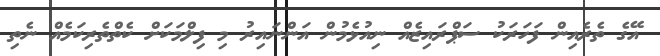
އޭގެ ތެރެއިން ފަހަރަކު ސަޕްރައިޒެއް ނިއުޅެމުން އަންނައިރު މި ފިލްމަކަށް ކެތްތެރިކަމެއް ނެތި